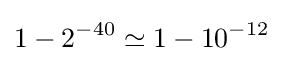
1-2^{-40}\simeq 1-10^{-12}